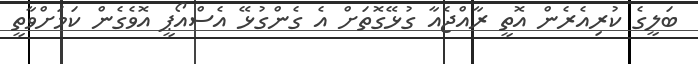
ބަލީގެ ކުރިއެރެން އޮތީ ރާއްޖެއާ ގުޅޭގޮތަށް އެ ގެންގުޅޭ އެސްއޯޕީ އޮވެގެން ކަމަށްވާތީ